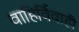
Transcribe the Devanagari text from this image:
वाहिर्विवाही